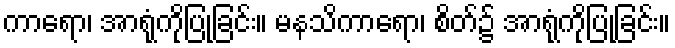
ကာရော၊ အာရုံကိုပြုခြင်း။ မနသိကာရော၊ စိတ်၌ အာရုံကိုပြုခြင်း။